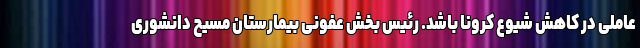
عاملی در کاهش شیوع کرونا باشد. رئیس بخش عفونی بیمارستان مسیح دانشوری